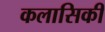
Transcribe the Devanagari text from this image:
कलासिकी